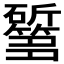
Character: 𱡰